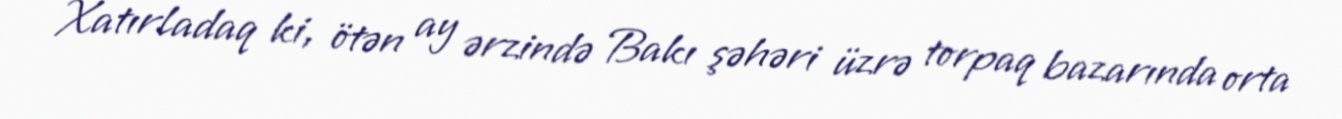
Xatırladaq ki, ötən ay ərzində Bakı şəhəri üzrə torpaq bazarında orta